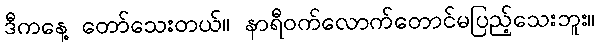
ဒီကနေ့ တော်သေးတယ်။ နာရီဝက်လောက်တောင်မပြည့်သေးဘူး။